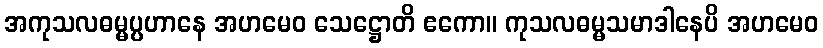
အကုသလဓမ္မပ္ပဟာနေ အဟမေဝ သေဋ္ဌောတိ ဧကော။ ကုသလဓမ္မသမာဒါနေပိ အဟမေဝ